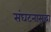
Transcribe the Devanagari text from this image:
संघटनासुद्धा